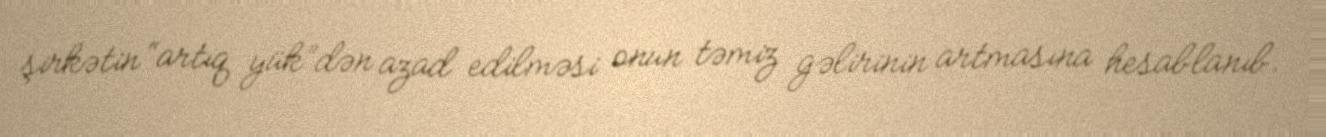
şirkətin “artıq yük”dən azad edilməsi onun təmiz gəlirinin artmasına hesablanıb.